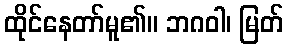
ထိုင်နေတာ်မူ၏။ ဘဂဝါ၊ မြတ်